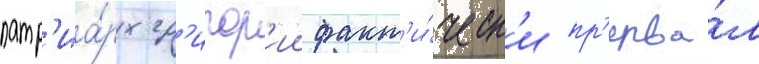
патр'иа́рх гр'игор'ии факт'и́ческ'и пр'ерва́л